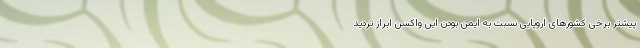
پیشتر برخی کشورهای اروپایی نسبت به ایمن بودن این واکسن ابراز تردید